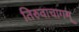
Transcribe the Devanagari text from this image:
तिरुवाचागम्‌